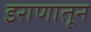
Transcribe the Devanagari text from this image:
इराणातून